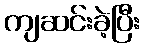
ကျဆင်းခဲ့ပြီး